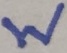
Text: W